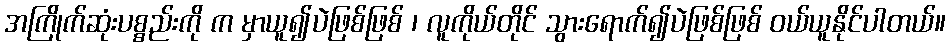
အကြိုက်ဆုံးပစ္စည်းကို က မှာယူ၍ပဲဖြစ်ဖြစ် ၊ လူကိုယ်တိုင် သွားရောက်၍ပဲဖြစ်ဖြစ် ဝယ်ယူနိုင်ပါတယ်။